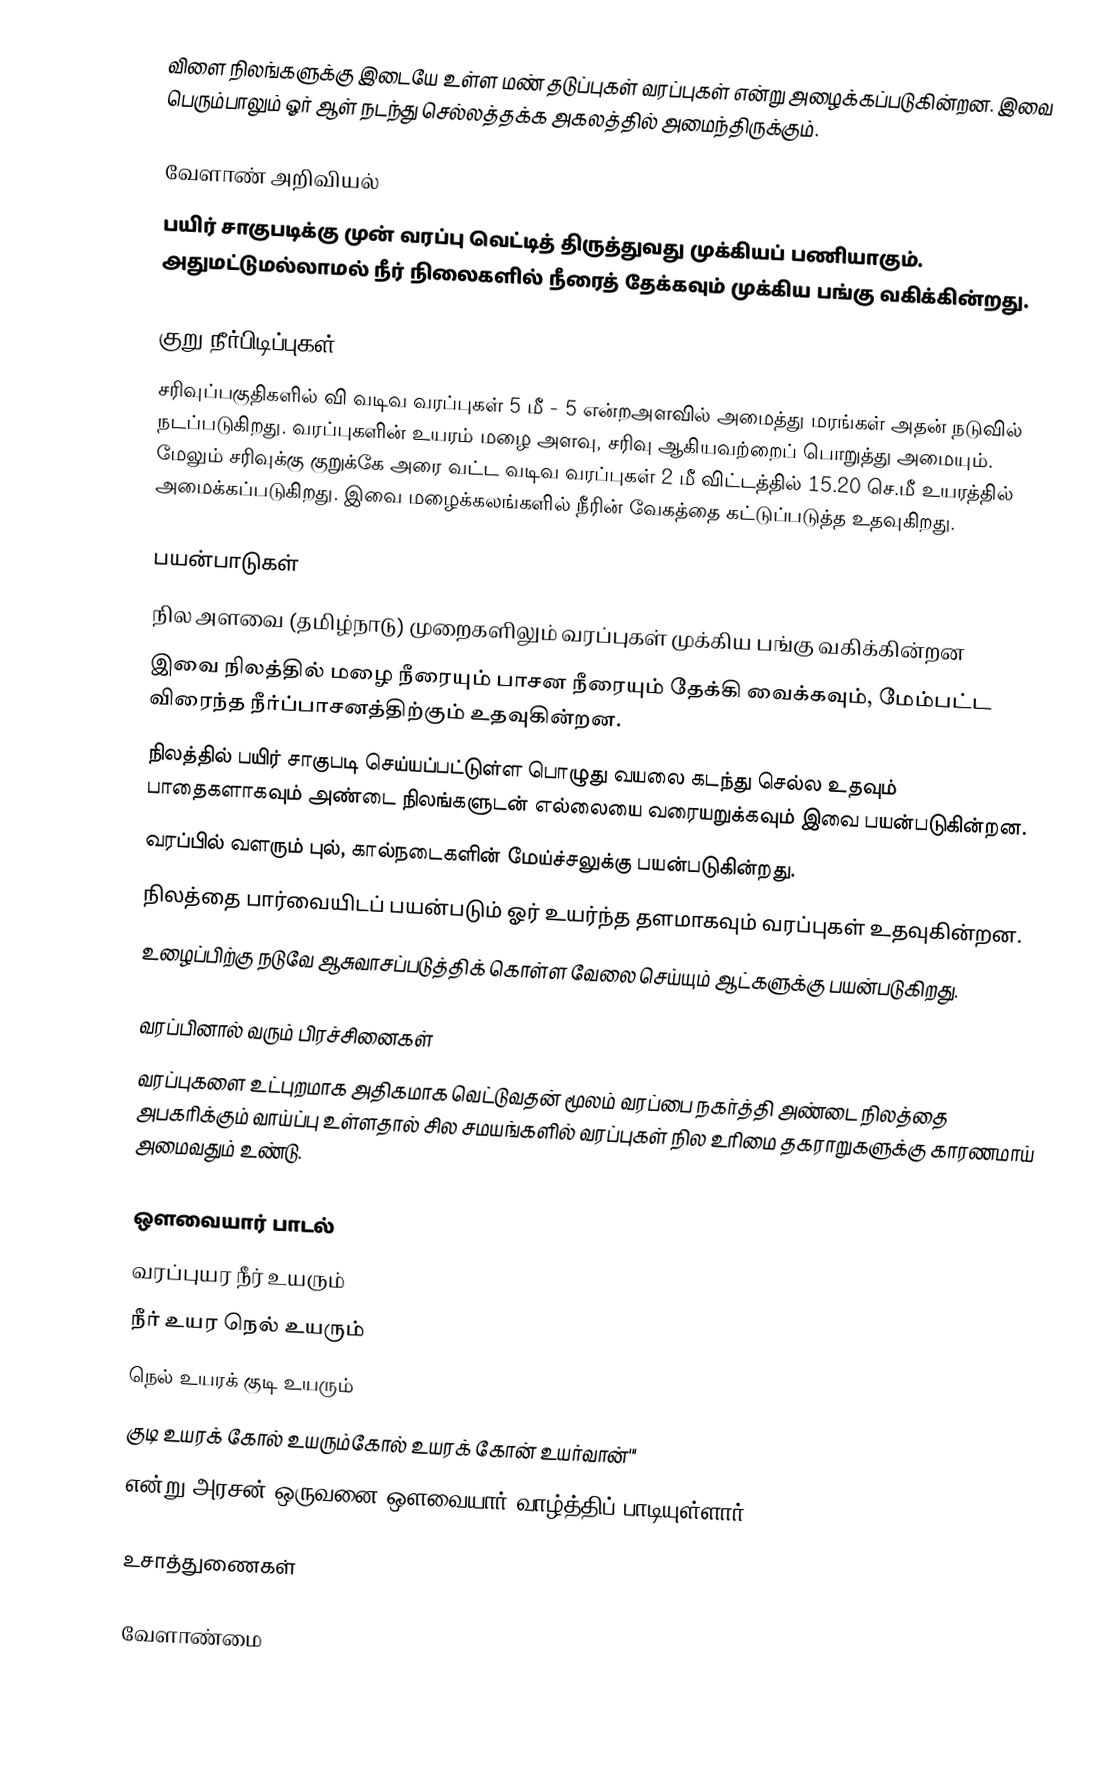
விளை நிலங்களுக்கு இடையே உள்ள மண் தடுப்புகள் வரப்புகள் என்று அழைக்கப்படுகின்றன. இவை பெரும்பாலும் ஓர் ஆள் நடந்து செல்லத்தக்க அகலத்தில் அமைந்திருக்கும்.

வேளாண் அறிவியல்
பயிர் சாகுபடிக்கு முன் வரப்பு வெட்டித் திருத்துவது முக்கியப் பணியாகும். அதுமட்டுமல்லாமல் நீர் நிலைகளில் நீரைத் தேக்கவும் முக்கிய  பங்கு வகிக்கின்றது.

குறு நீர்பிடிப்புகள்
சரிவுப்பகுதிகளில் வி வடிவ வரப்புகள் 5 மீ - 5  என்றஅளவில் அமைத்து மரங்கள் அதன் நடுவில் நடப்படுகிறது. வரப்புகளின் உயரம் மழை அளவு, சரிவு ஆகியவற்றைப் பொறுத்து அமையும். மேலும் சரிவுக்கு குறுக்கே அரை வட்ட வடிவ வரப்புகள் 2 மீ விட்டத்தில் 15.20 செ.மீ உயரத்தில் அமைக்கப்படுகிறது. இவை மழைக்கலங்களில் நீரின் வேகத்தை கட்டுப்படுத்த உதவுகிறது.

பயன்பாடுகள்
 நில அளவை (தமிழ்நாடு) முறைகளிலும் வரப்புகள் முக்கிய பங்கு வகிக்கின்றன
இவை நிலத்தில் மழை நீரையும் பாசன நீரையும் தேக்கி வைக்கவும், மேம்பட்ட விரைந்த நீர்ப்பாசனத்திற்கும் உதவுகின்றன.
நிலத்தில் பயிர் சாகுபடி செய்யப்பட்டுள்ள பொழுது வயலை கடந்து செல்ல உதவும் பாதைகளாகவும் அண்டை நிலங்களுடன் எல்லையை வரையறுக்கவும் இவை பயன்படுகின்றன.
வரப்பில் வளரும் புல், கால்நடைகளின் மேய்ச்சலுக்கு பயன்படுகின்றது.
நிலத்தை பார்வையிடப் பயன்படும் ஓர் உயர்ந்த தளமாகவும் வரப்புகள் உதவுகின்றன.
உழைப்பிற்கு நடுவே ஆசுவாசப்படுத்திக் கொள்ள வேலை செய்யும் ஆட்களுக்கு பயன்படுகிறது.

வரப்பினால் வரும் பிரச்சினைகள்
வரப்புகளை உட்புறமாக அதிகமாக வெட்டுவதன் மூலம் வரப்பை நகர்த்தி அண்டை நிலத்தை அபகரிக்கும் வாய்ப்பு உள்ளதால் சில சமயங்களில் வரப்புகள் நில உரிமை தகராறுகளுக்கு காரணமாய் அமைவதும் உண்டு.

ஔவையார் பாடல்
வரப்புயர நீர் உயரும்
நீர் உயர நெல் உயரும்
நெல் உயரக் குடி உயரும்
குடி உயரக் கோல் உயரும்கோல் உயரக் கோன் உயர்வான்'''
என்று அரசன் ஒருவனை ஒளவையார் வாழ்த்திப் பாடியுள்ளார்

உசாத்துணைகள்

வேளாண்மை